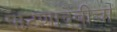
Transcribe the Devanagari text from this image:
पाटणादेवीचा